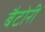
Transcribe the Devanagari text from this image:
बैटोरी